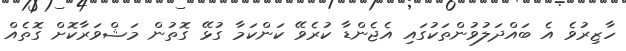
ހާޒިރުވެ އެ ބައްދަލުވުންތަކުގައި އެޖެންޑާ ކުރެވޭ ކަންކަމާ ގުޅޭ ގޮތުން މަޝްވަރާކޮށް ގޮތެއް